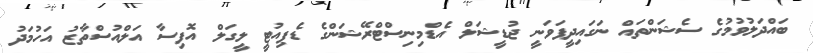
ބައްދަލުވުމުގެ ސެޝަންތައް ނަގައިދީފަވަނީ ޖުޑީޝަލް އެޑްމިނިސްޓްރޭޝަންގެ ޑެޕިއުޓީ ލީގަލް އޮފިސާ އަލްއުސްތާޒު އަހުމަދު